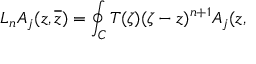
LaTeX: L _ { n } A _ { j } ( z , \overline { { { z } } } ) = \oint _ { C } T ( \zeta ) ( \zeta - z ) ^ { n + 1 } A _ { j } ( z ,